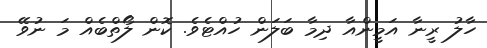
ހާލު ރީނާ އަމީންއާ ދިމާ ބަލަން ހުއްޓެވެ. ކޮން ލޯތްބެއް މަ ނުވޭ